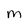
Character: M